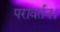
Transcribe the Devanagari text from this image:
परावर्तन।